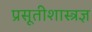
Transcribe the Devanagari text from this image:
प्रसूतीशास्त्रज्ञ